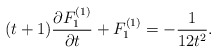
\begin{align*}(t +1) {\partial F_1^{(1)} \over \partial t} + F_1^{(1)} = - { 1 \over 12 t^2}.\end{align*}